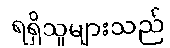
ရရှိသူများသည်